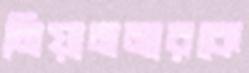
মিয়ানমারকে